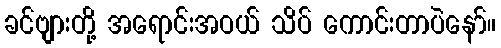
ခင်ဗျားတို့ အရောင်းအဝယ် သိပ် ကောင်းတာပဲနော်။